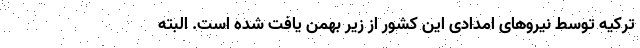
ترکیه توسط نیروهای امدادی این کشور از زیر بهمن یافت شده است. البته